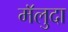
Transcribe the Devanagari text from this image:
मॅलुदा